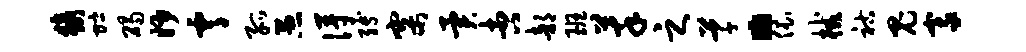
猿贮碣妙霄孤愚得缚寨异杏部班萃之草。依械祜鬼豪